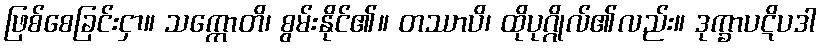
ဖြစ်စေခြင်းငှာ။ သက္ကောတိ၊ စွမ်းနိုင်၏။ တဿာပိ၊ ထိုပုဂ္ဂိုလ်၏လည်း။ ဒုက္ခာပဋိပဒါ